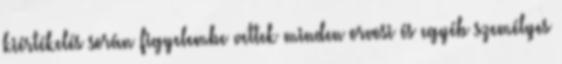
kiértékelés során figyelembe vettek minden orvosi és egyéb személyes